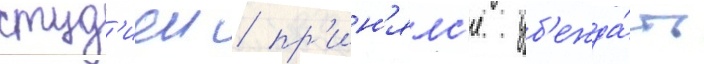
студ'иеи / пр'ин'ялс'я уб'ежда́ть